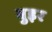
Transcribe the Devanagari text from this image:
बुइर